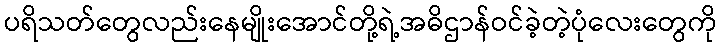
ပရိသတ်တွေလည်းနေမျိုးအောင်တို့ရဲ့အဓိဌာန်ဝင်ခဲ့တဲ့ပုံလေးတွေကို